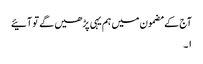
آج کے مضمون میں ہم یہی پڑھیں گے تو آئیے
۱۔